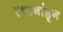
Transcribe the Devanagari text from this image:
स्थानांहून